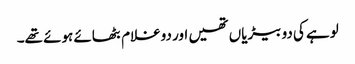
لوہے کی دو بیڑیاں تھیں اور دوغلام بٹھائے ہوئے تھے۔